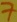
Text: 7